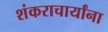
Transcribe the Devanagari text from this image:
शंकराचार्यांना